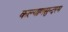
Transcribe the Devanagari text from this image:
कल्याणसुन्दरम